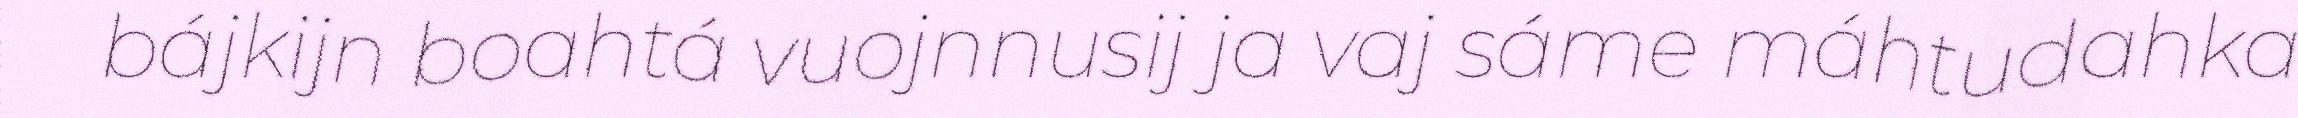
bájkijn boahtá vuojnnusij ja vaj sáme máhtudahka